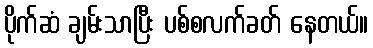
ပိုက်ဆံ ချမ်းသာပြီး ပစ်စလက်ခတ် နေတယ်။